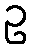
ဥ